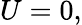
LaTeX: U=0,